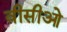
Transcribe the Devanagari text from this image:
वीसीओ